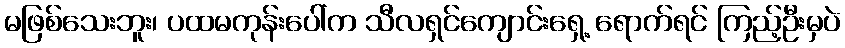
မဖြစ်သေးဘူး၊ ပထမကုန်းပေါ်က သီလရှင်ကျောင်းရှေ့ ရောက်ရင် ကြည့်ဦးမှပဲ